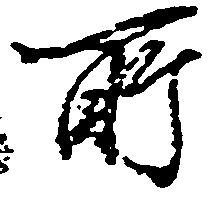
所